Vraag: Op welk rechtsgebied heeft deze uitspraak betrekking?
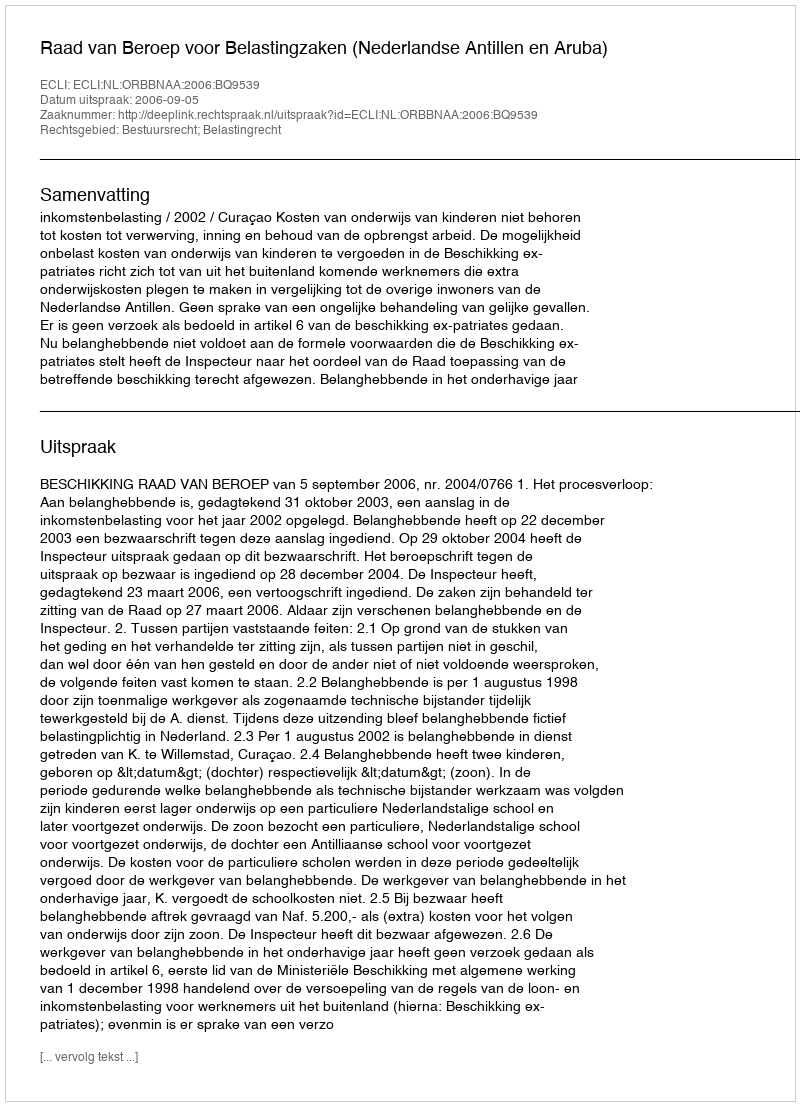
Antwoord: Bestuursrecht; Belastingrecht